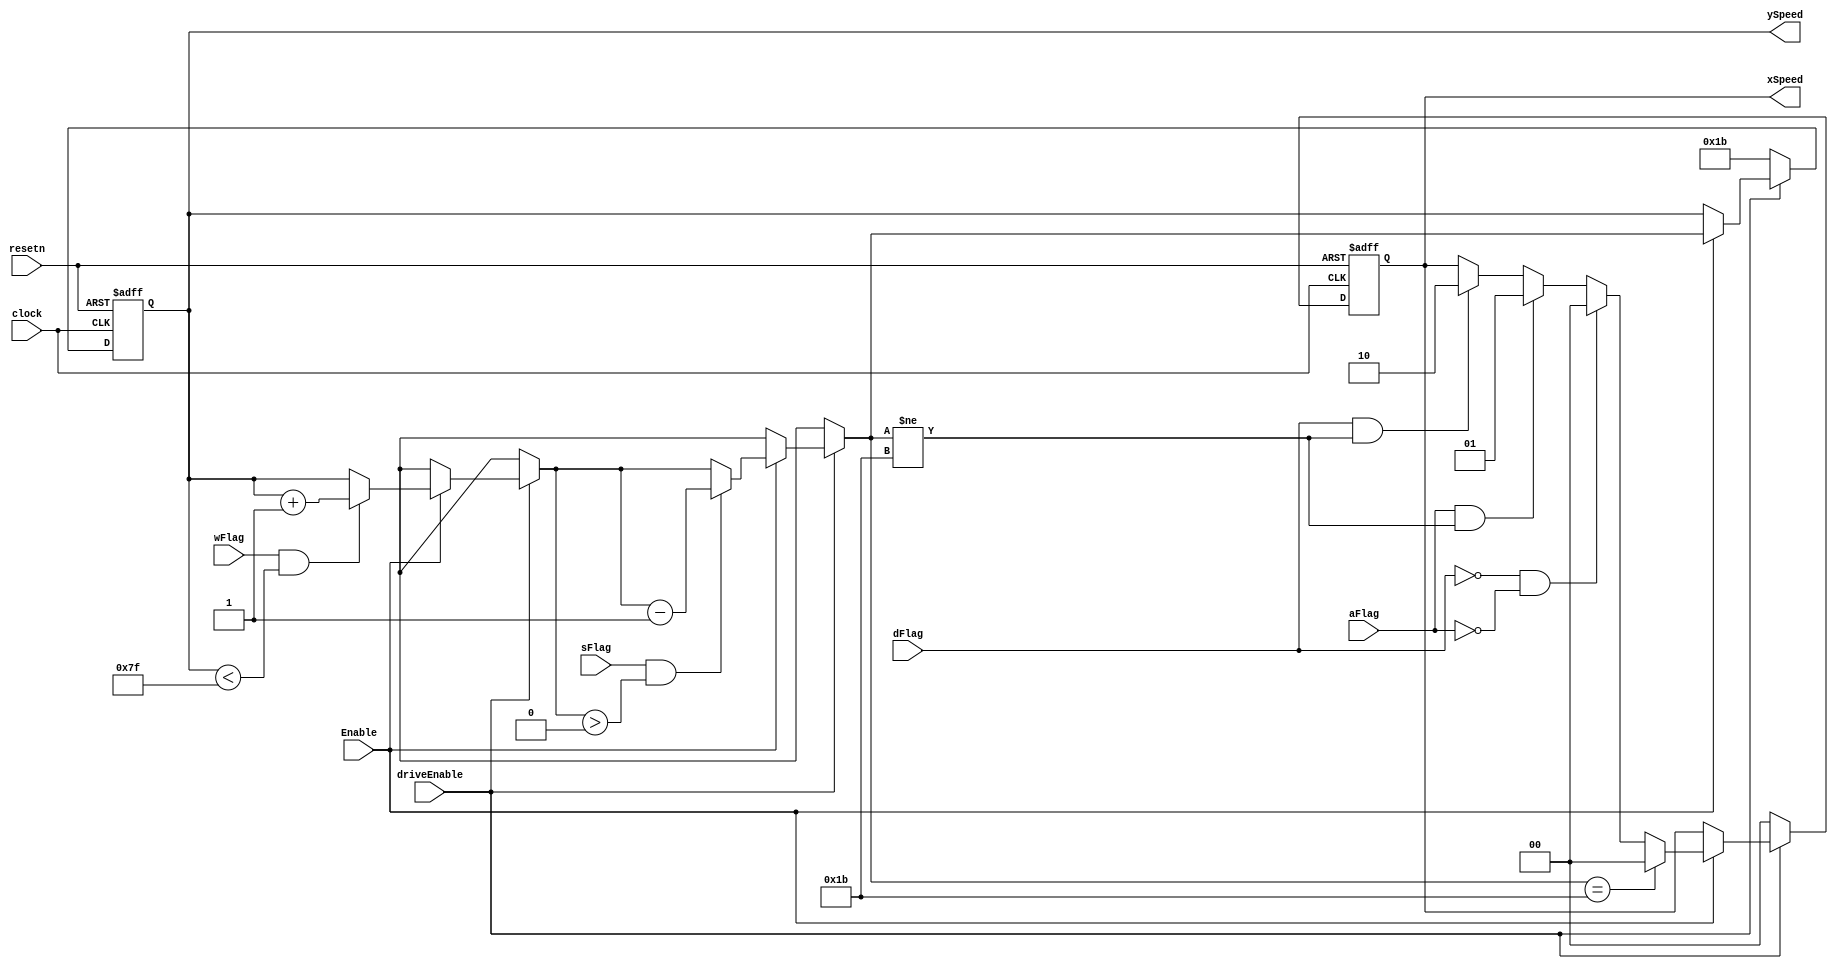
`timescale 1ns / 1ns

module speedIncrement(
    input clock,
	 input Enable,
	 input driveEnable,
    input resetn,
    input wFlag,
    input aFlag,
    input sFlag,
    input dFlag,
    output reg [6:0] ySpeed,
    output reg [1:0] xSpeed
);

always@(posedge clock, negedge resetn)
begin
    if(!resetn) 
    begin
        ySpeed = 7'd27;
        xSpeed = 2'd0;
    end
	 else if(!driveEnable) begin
		ySpeed = 7'd27;
      xSpeed = 2'd0;
	 end
	 else if(Enable) 
	 begin
		 if(wFlag && ySpeed < 7'd127) ySpeed = ySpeed + 1;
		 if(sFlag && ySpeed > 7'd0) ySpeed = ySpeed - 1;
		 
		 if(dFlag && ySpeed != 7'd27) xSpeed = 2'd2;
		 if(aFlag && ySpeed != 7'd27) xSpeed = 2'd1;
		 if(!dFlag && !aFlag) xSpeed = 2'd0;
		 if(ySpeed == 7'd27) xSpeed = 2'd0;
	 end
end
endmodule